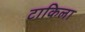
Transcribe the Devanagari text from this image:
टाकिला